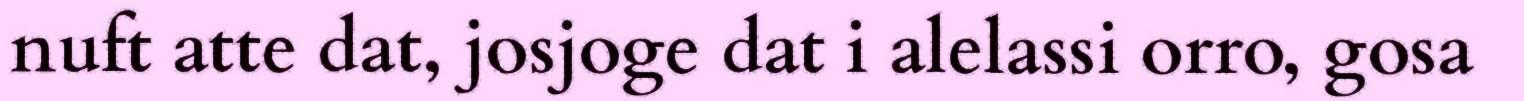
nuft atte dat, josjoge dat i alelassi orro, gosa